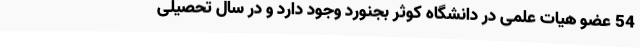
54 عضو هیات علمی در دانشگاه کوثر بجنورد وجود دارد و در سال تحصیلی